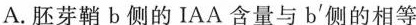
A. 胚芽鞘b侧的IAA含量与b^{'} 侧的相等